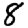
Digit: 8